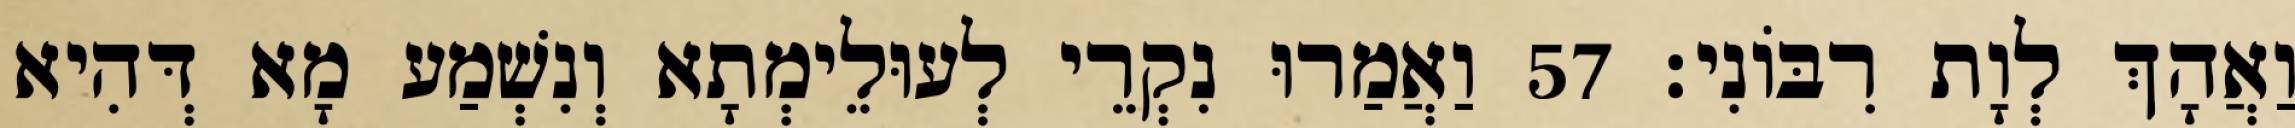
וַאֲהָךְ לְוָת רִבּוֹנִי׃ 57 וַאֲמַרוּ נִקְרֵי לְעוּלֵימְתָא וְנִשְׁמַע מָא דְּהִיא